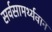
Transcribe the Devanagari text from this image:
सर्वसामर्थ्यवान